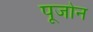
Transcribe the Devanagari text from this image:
पूजोन